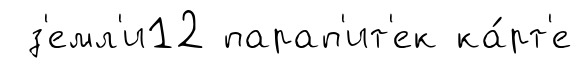
з'емл'и12 парап'ит'ек ка́рт'е